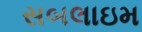
સબલાઇમ